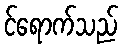
င်ရောက်သည်